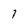
Character: 7